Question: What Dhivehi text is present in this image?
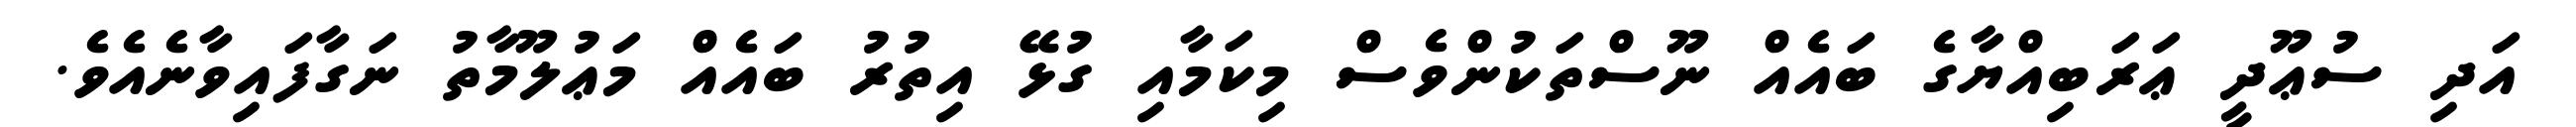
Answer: އަދި ސުޢޫދީ ޢަރަބިއްޔާގެ ބައެއް ނޫސްތަކުންވެސް މިކަމާއި ގުޅޭ އިތުރު ބައެއް މަޢުލޫމާތު ނަގާފައިވާނެއެވެ.